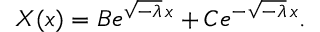
X ( x ) = B e ^ { { \sqrt { - \lambda } } \, x } + C e ^ { - { \sqrt { - \lambda } } \, x } .